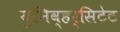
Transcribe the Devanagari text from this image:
युनिव्हर्सिटेट